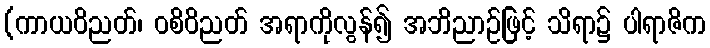
(ကာယဝိညတ်၊ ဝစိဝိညတ် အရာကိုလွန်၍ အဘိညာဉ်ဖြင့် သိရာ၌ ပါရာဇိက